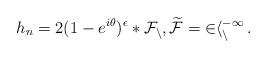
LaTeX: \begin{align*}h_n=2(1-e^{i\theta})^\epsilon\ast \cal{F}_n, \widetilde F=2h_n^{-1} \,.\end{align*}